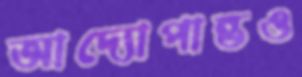
আদ্যোপান্তও